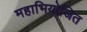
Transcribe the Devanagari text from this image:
महाभियोजित